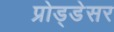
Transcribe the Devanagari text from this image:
प्रोड्डेसर